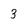
Character: 3